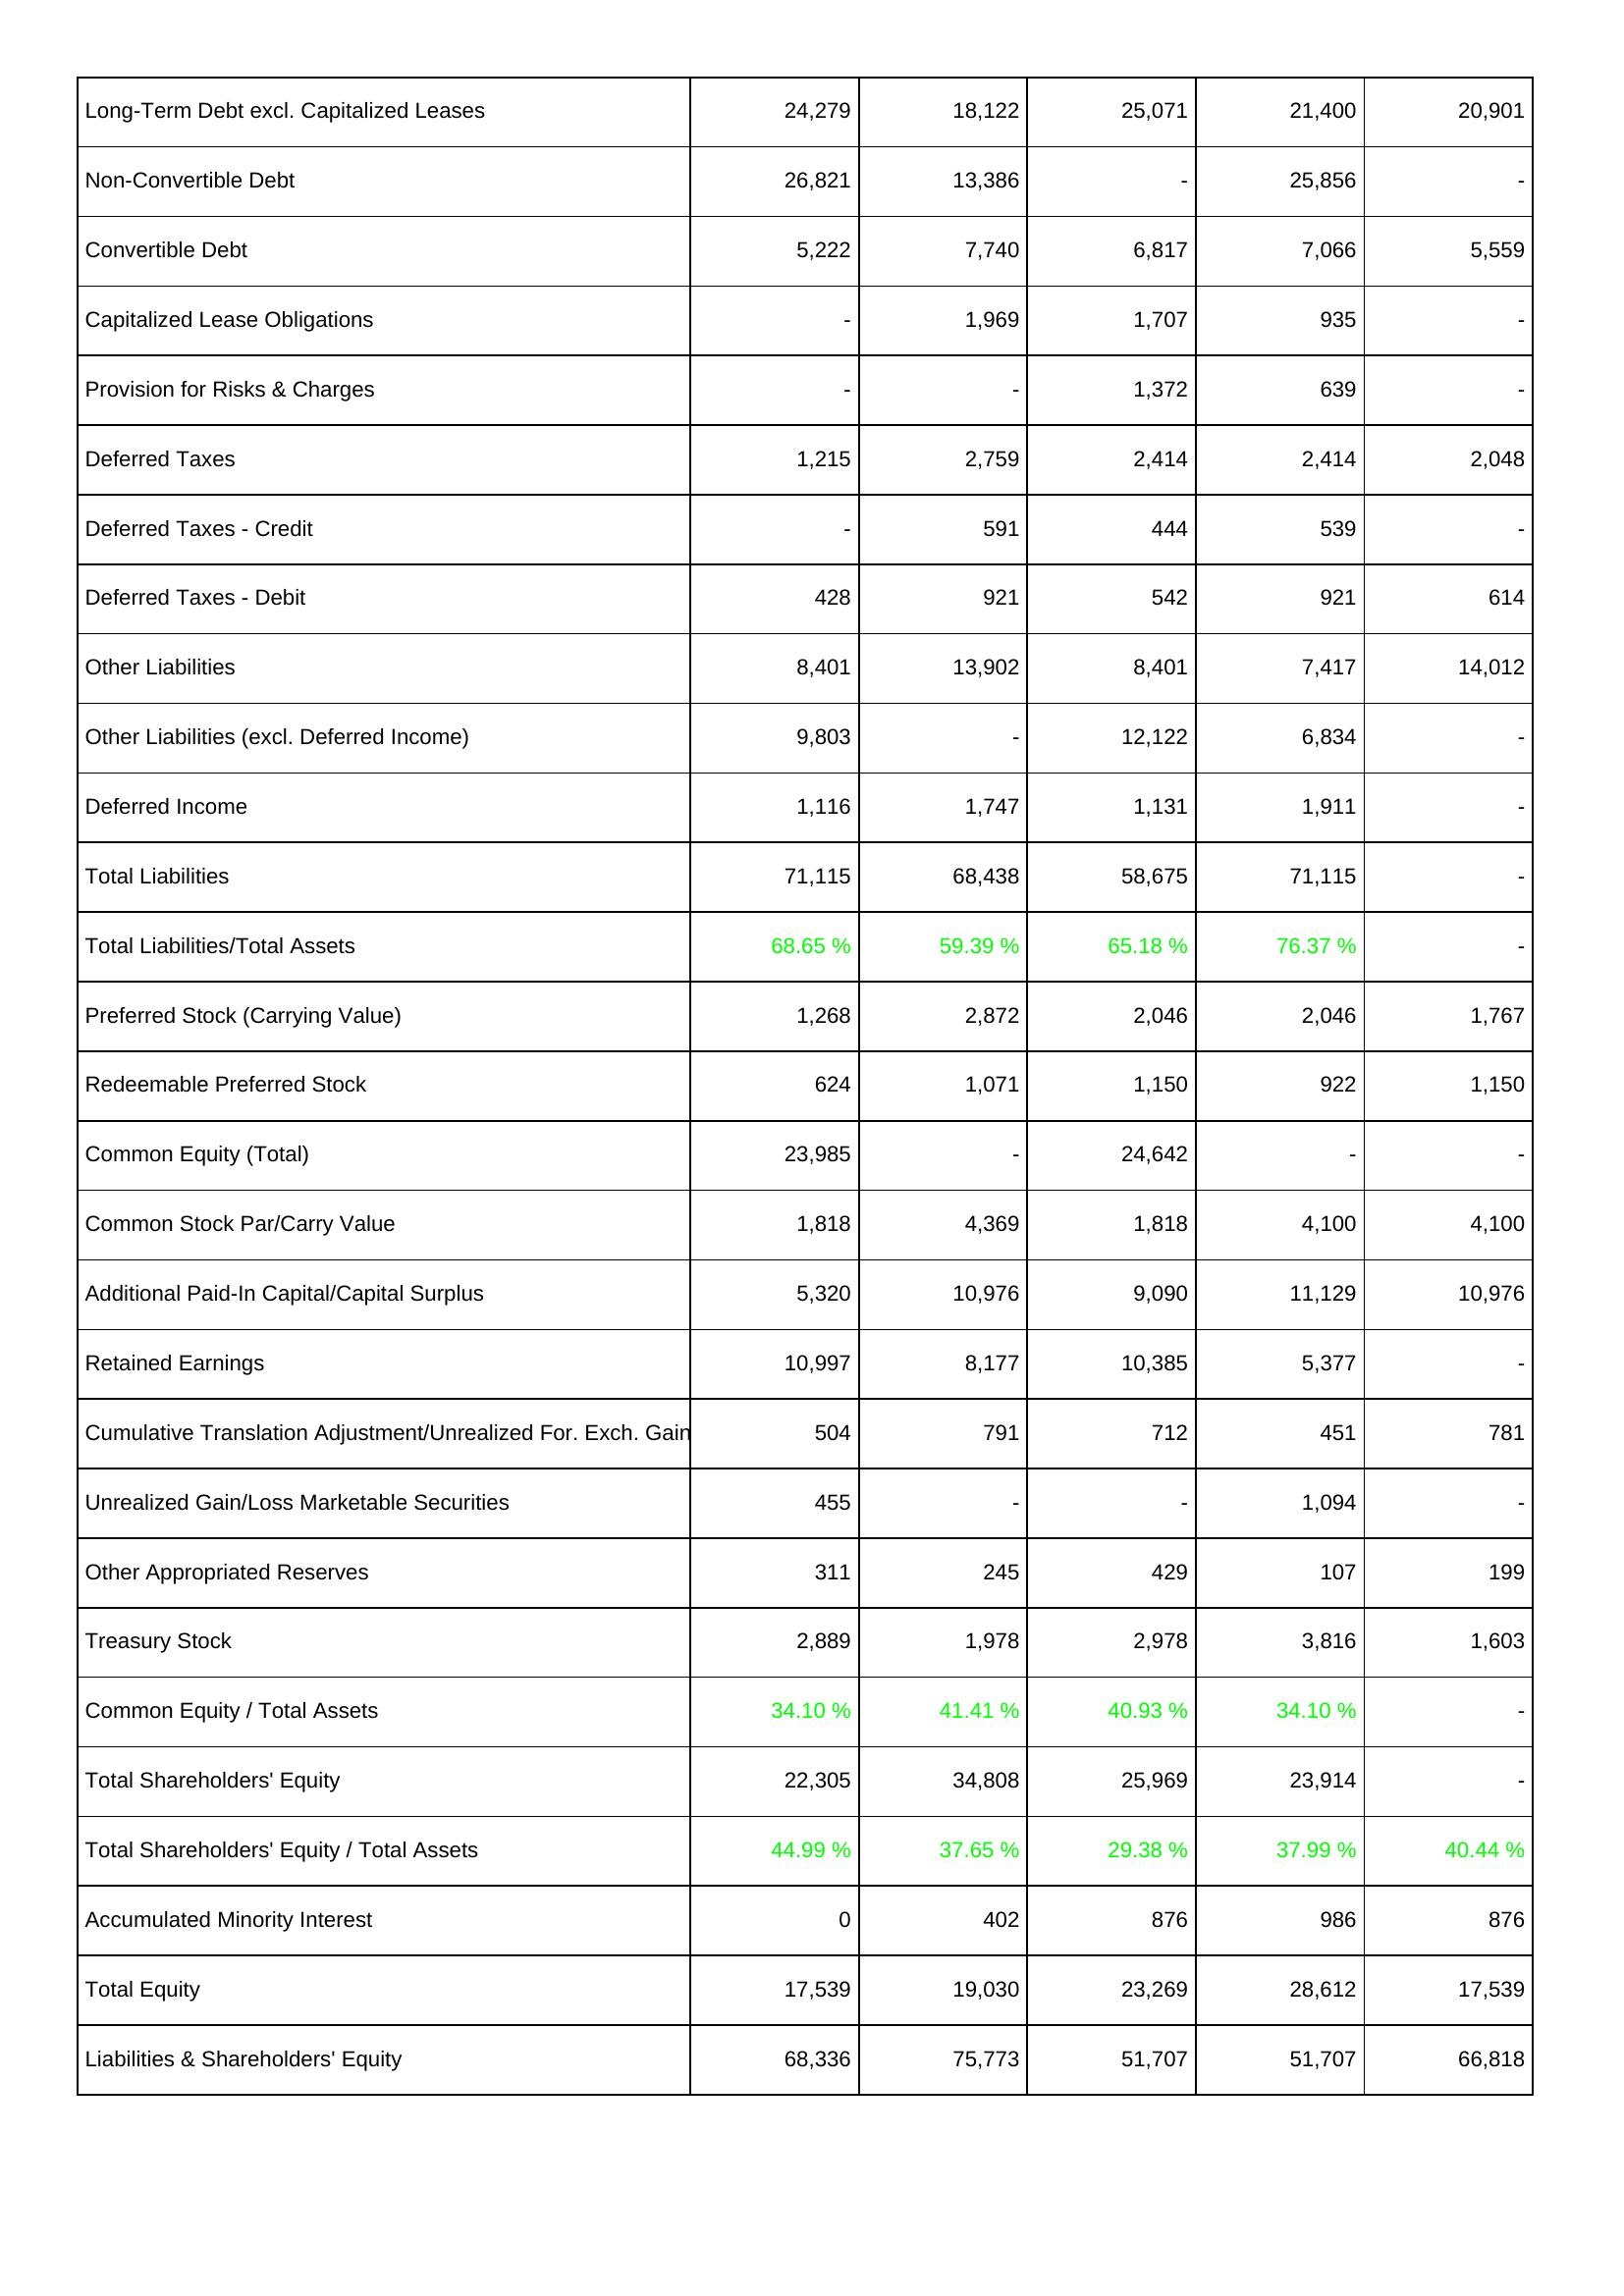
2020: Liabilities & Shareholders' Equity: Long-Term Debt excl. Capitalized Leases: 24,279
Non-Convertible Debt: 26,821
Convertible Debt: 5,222
Capitalized Lease Obligations: -
Provision for Risks & Charges: -
Deferred Taxes: 1,215
Deferred Taxes - Credit: -
Deferred Taxes - Debit: 428
Other Liabilities: 8,401
Other Liabilities (excl. Deferred Income): 9,803
Deferred Income: 1,116
Total Liabilities: 71,115
Total Liabilities/Total Assets: 68.65 %
Preferred Stock (Carrying Value): 1,268
Redeemable Preferred Stock: 624
Common Equity (Total): 23,985
Common Stock Par/Carry Value: 1,818
Additional Paid-In Capital/Capital Surplus: 5,320
Retained Earnings: 10,997
Cumulative Translation Adjustment/Unrealized For. Exch. Gain: 504
Unrealized Gain/Loss Marketable Securities: 455
Other Appropriated Reserves: 311
Treasury Stock: 2,889
Common Equity / Total Assets: 34.10 %
Total Shareholders' Equity: 22,305
Total Shareholders' Equity / Total Assets: 44.99 %
Accumulated Minority Interest: 0
Total Equity: 17,539
Liabilities & Shareholders' Equity: 68,336
2021: Liabilities & Shareholders' Equity: Long-Term Debt excl. Capitalized Leases: 18,122
Non-Convertible Debt: 13,386
Convertible Debt: 7,740
Capitalized Lease Obligations: 1,969
Provision for Risks & Charges: -
Deferred Taxes: 2,759
Deferred Taxes - Credit: 591
Deferred Taxes - Debit: 921
Other Liabilities: 13,902
Other Liabilities (excl. Deferred Income): -
Deferred Income: 1,747
Total Liabilities: 68,438
Total Liabilities/Total Assets: 59.39 %
Preferred Stock (Carrying Value): 2,872
Redeemable Preferred Stock: 1,071
Common Equity (Total): -
Common Stock Par/Carry Value: 4,369
Additional Paid-In Capital/Capital Surplus: 10,976
Retained Earnings: 8,177
Cumulative Translation Adjustment/Unrealized For. Exch. Gain: 791
Unrealized Gain/Loss Marketable Securities: -
Other Appropriated Reserves: 245
Treasury Stock: 1,978
Common Equity / Total Assets: 41.41 %
Total Shareholders' Equity: 34,808
Total Shareholders' Equity / Total Assets: 37.65 %
Accumulated Minority Interest: 402
Total Equity: 19,030
Liabilities & Shareholders' Equity: 75,773
2022: Liabilities & Shareholders' Equity: Long-Term Debt excl. Capitalized Leases: 25,071
Non-Convertible Debt: -
Convertible Debt: 6,817
Capitalized Lease Obligations: 1,707
Provision for Risks & Charges: 1,372
Deferred Taxes: 2,414
Deferred Taxes - Credit: 444
Deferred Taxes - Debit: 542
Other Liabilities: 8,401
Other Liabilities (excl. Deferred Income): 12,122
Deferred Income: 1,131
Total Liabilities: 58,675
Total Liabilities/Total Assets: 65.18 %
Preferred Stock (Carrying Value): 2,046
Redeemable Preferred Stock: 1,150
Common Equity (Total): 24,642
Common Stock Par/Carry Value: 1,818
Additional Paid-In Capital/Capital Surplus: 9,090
Retained Earnings: 10,385
Cumulative Translation Adjustment/Unrealized For. Exch. Gain: 712
Unrealized Gain/Loss Marketable Securities: -
Other Appropriated Reserves: 429
Treasury Stock: 2,978
Common Equity / Total Assets: 40.93 %
Total Shareholders' Equity: 25,969
Total Shareholders' Equity / Total Assets: 29.38 %
Accumulated Minority Interest: 876
Total Equity: 23,269
Liabilities & Shareholders' Equity: 51,707
2023: Liabilities & Shareholders' Equity: Long-Term Debt excl. Capitalized Leases: 21,400
Non-Convertible Debt: 25,856
Convertible Debt: 7,066
Capitalized Lease Obligations: 935
Provision for Risks & Charges: 639
Deferred Taxes: 2,414
Deferred Taxes - Credit: 539
Deferred Taxes - Debit: 921
Other Liabilities: 7,417
Other Liabilities (excl. Deferred Income): 6,834
Deferred Income: 1,911
Total Liabilities: 71,115
Total Liabilities/Total Assets: 76.37 %
Preferred Stock (Carrying Value): 2,046
Redeemable Preferred Stock: 922
Common Equity (Total): -
Common Stock Par/Carry Value: 4,100
Additional Paid-In Capital/Capital Surplus: 11,129
Retained Earnings: 5,377
Cumulative Translation Adjustment/Unrealized For. Exch. Gain: 451
Unrealized Gain/Loss Marketable Securities: 1,094
Other Appropriated Reserves: 107
Treasury Stock: 3,816
Common Equity / Total Assets: 34.10 %
Total Shareholders' Equity: 23,914
Total Shareholders' Equity / Total Assets: 37.99 %
Accumulated Minority Interest: 986
Total Equity: 28,612
Liabilities & Shareholders' Equity: 51,707
2024: Liabilities & Shareholders' Equity: Long-Term Debt excl. Capitalized Leases: 20,901
Non-Convertible Debt: -
Convertible Debt: 5,559
Capitalized Lease Obligations: -
Provision for Risks & Charges: -
Deferred Taxes: 2,048
Deferred Taxes - Credit: -
Deferred Taxes - Debit: 614
Other Liabilities: 14,012
Other Liabilities (excl. Deferred Income): -
Deferred Income: -
Total Liabilities: -
Total Liabilities/Total Assets: -
Preferred Stock (Carrying Value): 1,767
Redeemable Preferred Stock: 1,150
Common Equity (Total): -
Common Stock Par/Carry Value: 4,100
Additional Paid-In Capital/Capital Surplus: 10,976
Retained Earnings: -
Cumulative Translation Adjustment/Unrealized For. Exch. Gain: 781
Unrealized Gain/Loss Marketable Securities: -
Other Appropriated Reserves: 199
Treasury Stock: 1,603
Common Equity / Total Assets: -
Total Shareholders' Equity: -
Total Shareholders' Equity / Total Assets: 40.44 %
Accumulated Minority Interest: 876
Total Equity: 17,539
Liabilities & Shareholders' Equity: 66,818